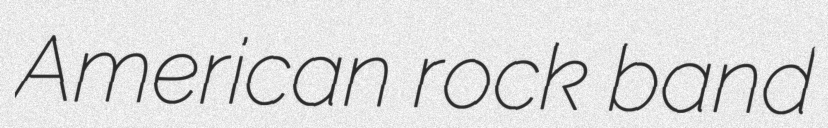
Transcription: American rock band